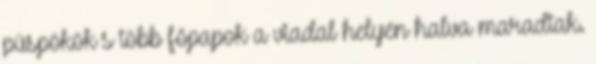
püspökök s több főpapok a viadal helyén halva maradtak.